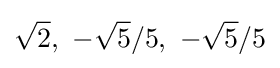
{\sqrt {2}},\ -{\sqrt {5}}/5,\ -{\sqrt {5}}/5